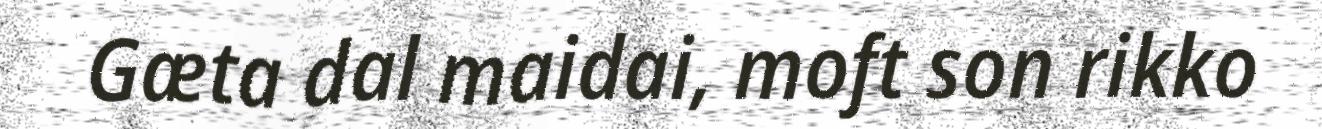
Gæta dal maidai, moft son rikko